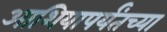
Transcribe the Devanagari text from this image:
आशियापर्यंतच्या